Vaccination in Bombay 1869-1873 - 1869-1873
Year: 1869
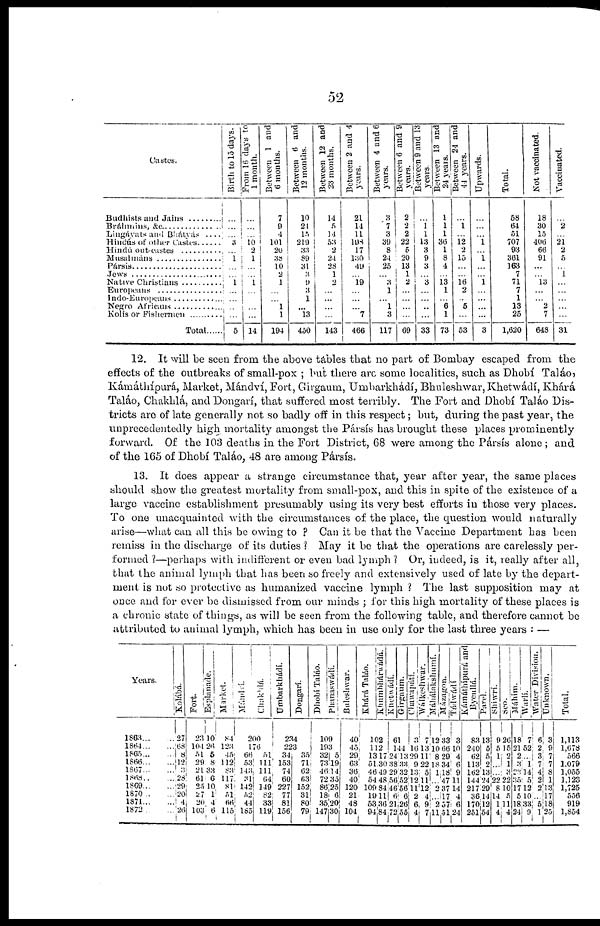
52
Castes.
Budhists and Jains .........
Bráhmins, &c.............
Liugávats and Bhátyás ....
Hindús of other Castes......
Hindú out-castes ............
Musalmáns ........
Pársis .........
Jews .........
Native Christians ........
Europeans
Indo-Europeans
Negro Africans ........
Kolís or Fishermen .......
Total.......
Birth to 15 days.
...
...
...
3
... 1
...
...
1
...
...
...
...
5
From 16 days to
1 month.
...
...
... 10
2
1
...
...
1
...
...
...
...
14
Between 1 and
6 months.
7
9
4
101
20
38
10
2 1
...
...
1
1
194
Between 6 and
12 months.
10
24
15
219
33 89
31
3
9 3
1
...
13
450
Between 12 and
23 months.
14
5
14
53
2
24
28
1
2
...
...
...
...
143
Between 2 and 4
years.
21
14
11
198
17
130
49
...
19
...
...
...
7
466
Between 4 and 6
years.
3
7
3
39
8
24
25
...
3
1
...
1
3
117
Between 6 and 9
years.
2
2
2
22
6
20
13
1
2
...
...
1
...
69
Between 9 and 13
years.
...
1
1
13
3
9
3
...
3
...
...
...
...
33
Between 13 and
24 years.
1
1
1
36
1
8
4
...
13
1
...
6
1
73
Between 24 and
41 years.
...
1
... 12
2
15
...
...
16
2
...
5
...
53
Upwards.
...
...
...
1
...
1
...
...
1
...
...
...
...
3
Total.
58
64
51
707
93
361
163
7
71
7
1
13
25
1,620
Not vaccinated.
18
30
15
406
66
91
...
...
13
...
...
2
7
648
Vaccinated.
...
2
... 21
2
5
...
1
...
...
...
...
...
31
12. It will be seen from the above tables that no part of Bombay escaped from the
effects of the outbreaks of small-pox ; but there are some localities, such as Dhobí Taláo
Kámáthípurá, Market, Mándví, Fort, Girgaum, Umharkhádí, Bhuleshwar, Khetwádí, Khárá
Taláo, Chakhlá, and Dongarí, that suffered most terribly. The Fort and Dhobí Taláo Dis-
tricts are of late generally not so badly off in this respect; but, during the past year, the
unprecedentedly high mortality amongst the Pársís has brought these places prominently
forward. Of the 103 deaths in the Fort District, 68 were among the Parsis alone; and
of the 165 of Dhobí Taláo, 48 are among Pársís.
13. It does appear a strange circumstance that, year after year, the same places
should show the greatest mortality from small-pox, and this in spite of the existence of a
large vaccine establishment presumably using its very best efforts in those very places.
To one unacquainted with the circumstances of the place, the question would naturally
arise—what can all this be owing to ? Can it be that the Vaccine Department has been
remiss in the discharge of its duties ? May it be that the operations are carelessly per-
formed ?—perhaps with indifferent or even bad lymph ? Or, indeed, is it, really after all,
that the animal lymph that has been so freely and extensively used of late by the depart-
ment is not so protective as humanized vaccine lymph ? The last supposition may at
once and for ever be dismissed from our minds ; for this high mortality of these places is
a chronic state of things, as will be seen from the following table, and therefore cannot be
attributed to animal lymph, which has been in use only for the last three years : —
Years.
1863... ...
1864
1865...
1866
1867
1868..
1869
1870....
1871
1872 ....
Kolábá.
37
68
8
12
3 28
29
20
4
26
Fort.
23 104
51
29
21 61
25
27
20
103
Esplanade.
10
26
5
8
33
6
10
1
4
6
Market.
84
123
45
112
83
117
81
51
66
115
Mándví
Chkalá.
200
176
66
53
143
31
142
52 44
185
51
111
111
64
149
82
33
119
Umbarkhádí.
Dongarí.
234
2l3
34
153
74
60
227
77
81
156
35 71
62 63
152
31
80
79
Dhobí Taláo.
Phanaswádí.
109
193
32
73
46
72
86
18
35
147
5
19
14
35
25
6
20
30
Buleshwar.
40
45
29
63
36
40
120
21
48
104
Khárá Taláo.
Kumbhárwádá
102
112
13
51
46
54
109
19
53
94
17
30
49
48
84
11
36
84
Khetwádí.
Girgaum.
61
144
24
38
29
56
46
6
21
72
13
33
32
52
56
6
26
55
Chawapátí.
3
16
29
9
13
12
11
2
6
4
Wálkeshwar.
7
13
11
22
5
11
12
4
9
7
Máhálakshmí.
12
10
8
18
1
...
2
...
2
11
Mázagaon.
33
66
29
34
18
47
37
17
57
51
Tádwádí
3
10
4
6
9
11
14
4
6
24
Kámáthípurá and
Bycullá.
83
240
62
113
162
144
217
36
170
251
Parel.
13
5 5
2
13
24
29
14
12
54
Shiwrí.
9
5
1
...
...
22
8
14
1
4
Seo.
26
15
2
1
3
22
10
5
11
4
Máhim.
18
21
2
1
23
35
17
5
18
24
Warí.
7
52
.. 1
14
5
12
10
33
9
Water Division.
6
2
3
7
4
2
2
...
5 1
Unknown.
3
9
7
7
8
1
13
17
18
25
Total.
1,113
1,678
566
1,079
1,055
1,123
1,725
556
919
1,854